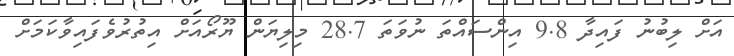
އަށް ލިބުނު ފައިދާ 9.8 އިންސައްތަ ނުވަތަ 28.7 މިލިޔަން ޔޫރޯއަށް އިތުރުވެފައިވާކަމަށް